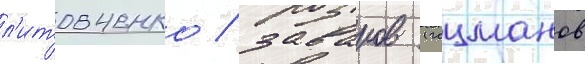
л'итовченко / заваров (гоцманов